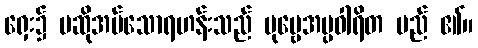
ရှေး၌ မဆိုအပ်သောရဟန်းသည် ပုဗ္ဗေအပ္ပဝါရိတ မည် ၏။